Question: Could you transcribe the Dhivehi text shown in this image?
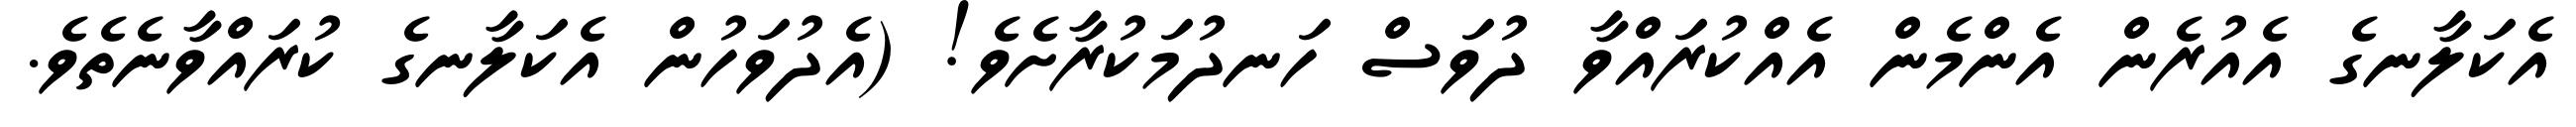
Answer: އެކަލާނގެ އެއުރެން އެންމެން އެއްކުރައްވާ ދުވަސް ހަނދުމަކުރާށެވެ! (އެދުވަހުން އެކަލާނގެ ކުރައްވާނެތެވެ.